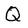
Character: Q